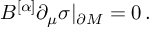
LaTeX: { \cal B } ^ { [ \alpha ] } \partial _ { \mu } \sigma | _ { \partial M } = 0 \, .